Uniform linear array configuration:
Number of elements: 64
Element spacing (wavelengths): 1
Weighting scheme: hamming
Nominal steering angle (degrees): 15
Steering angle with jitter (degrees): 15.661
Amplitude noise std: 0.05
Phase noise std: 0.05

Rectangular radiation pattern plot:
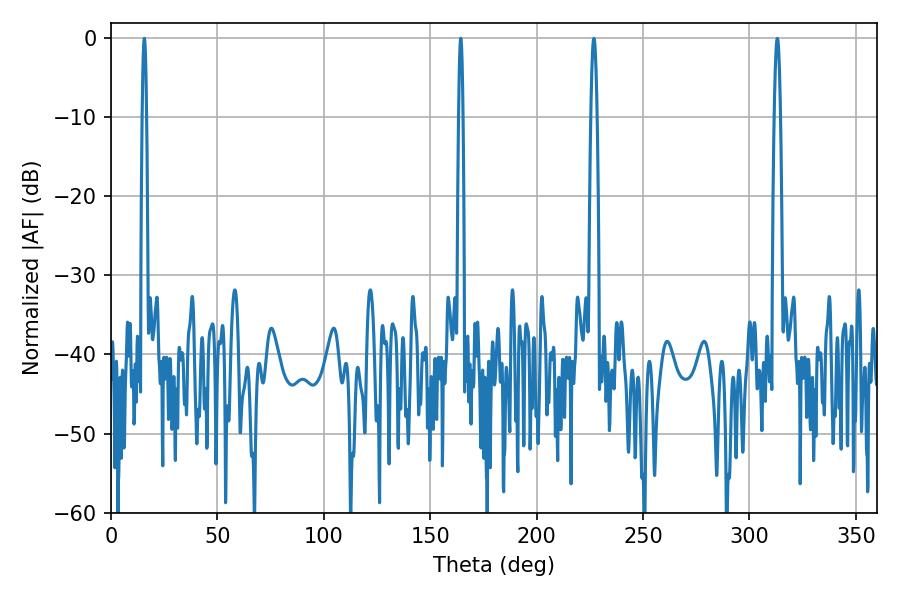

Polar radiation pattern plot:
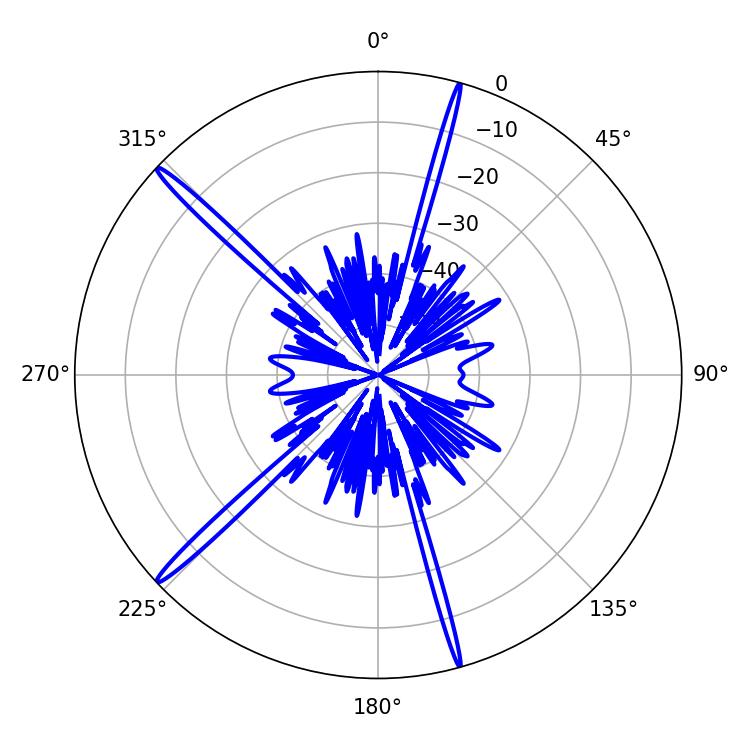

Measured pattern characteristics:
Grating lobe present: TRUE
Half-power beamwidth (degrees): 1.08
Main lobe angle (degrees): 15.66